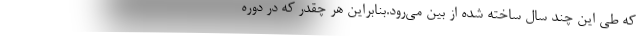
که طی این چند سال ساخته شده از بین می‌رود.بنابراین هر چقدر که در دوره